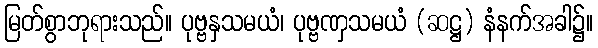
မြတ်စွာဘုရားသည်။ ပုဗ္ဗနှသမယံ၊ ပုဗ္ဗဏှသမယံ (ဆဋ္ဌ) နံနက်အခါ၌။